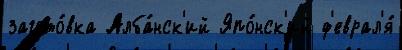
загото́вка Алба́нск'ий Япо́нск'ий ф'еврал'я́